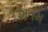
શતમ